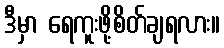
ဒီမှာ ရေကူးဖို့စိတ်ချရလား။